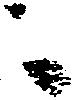
ニ